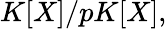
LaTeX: K[X]/pK[X],